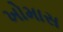
ખોમાસ